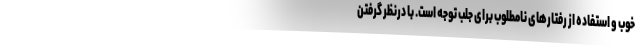
خوب و استفاده از رفتارهای نامطلوب برای جلب توجه است. با درنظر گرفتن